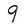
Character: 9